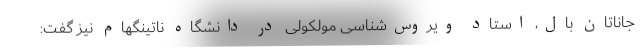
جاناتان بال، استاد ویروس‌شناسی مولکولی در دانشگاه ناتینگهام نیز گفت: